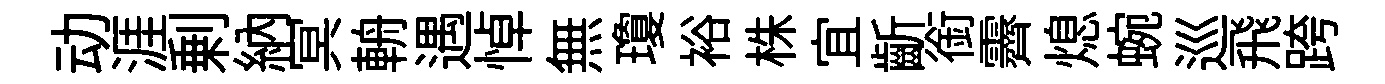
动涯剰納冥輈遇悼無瓊裕株宜齗銜霽熄蜿巡飛跨